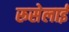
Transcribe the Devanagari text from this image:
रूसेलाई